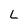
Character: L